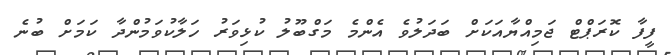
ފީފާ ކޮރަޕްޓް ޖަމިއްޔާއަކަށް ބަދަލުވެ އެންމެ މަގްބޫލު ކުޅިވަރު ހަލާކުވަމުންދާ ކަމަށް ބުނެ